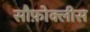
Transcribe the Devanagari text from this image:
सौफ़ोक्लीस